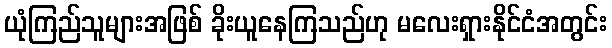
ယုံကြည်သူများအဖြစ် ခိုးယူနေကြသည်ဟု မလေးရှားနိုင်ငံအတွင်း